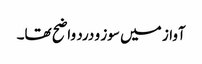
آواز میں سوز و درد واضح تھا۔